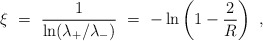
\begin{align*}\xi\ =\ \frac{1}{\ln(\lambda_{+}/\lambda_{-})}\ =\ -\ln\left(1-\frac{2}{R}\right)\ , \end{align*}